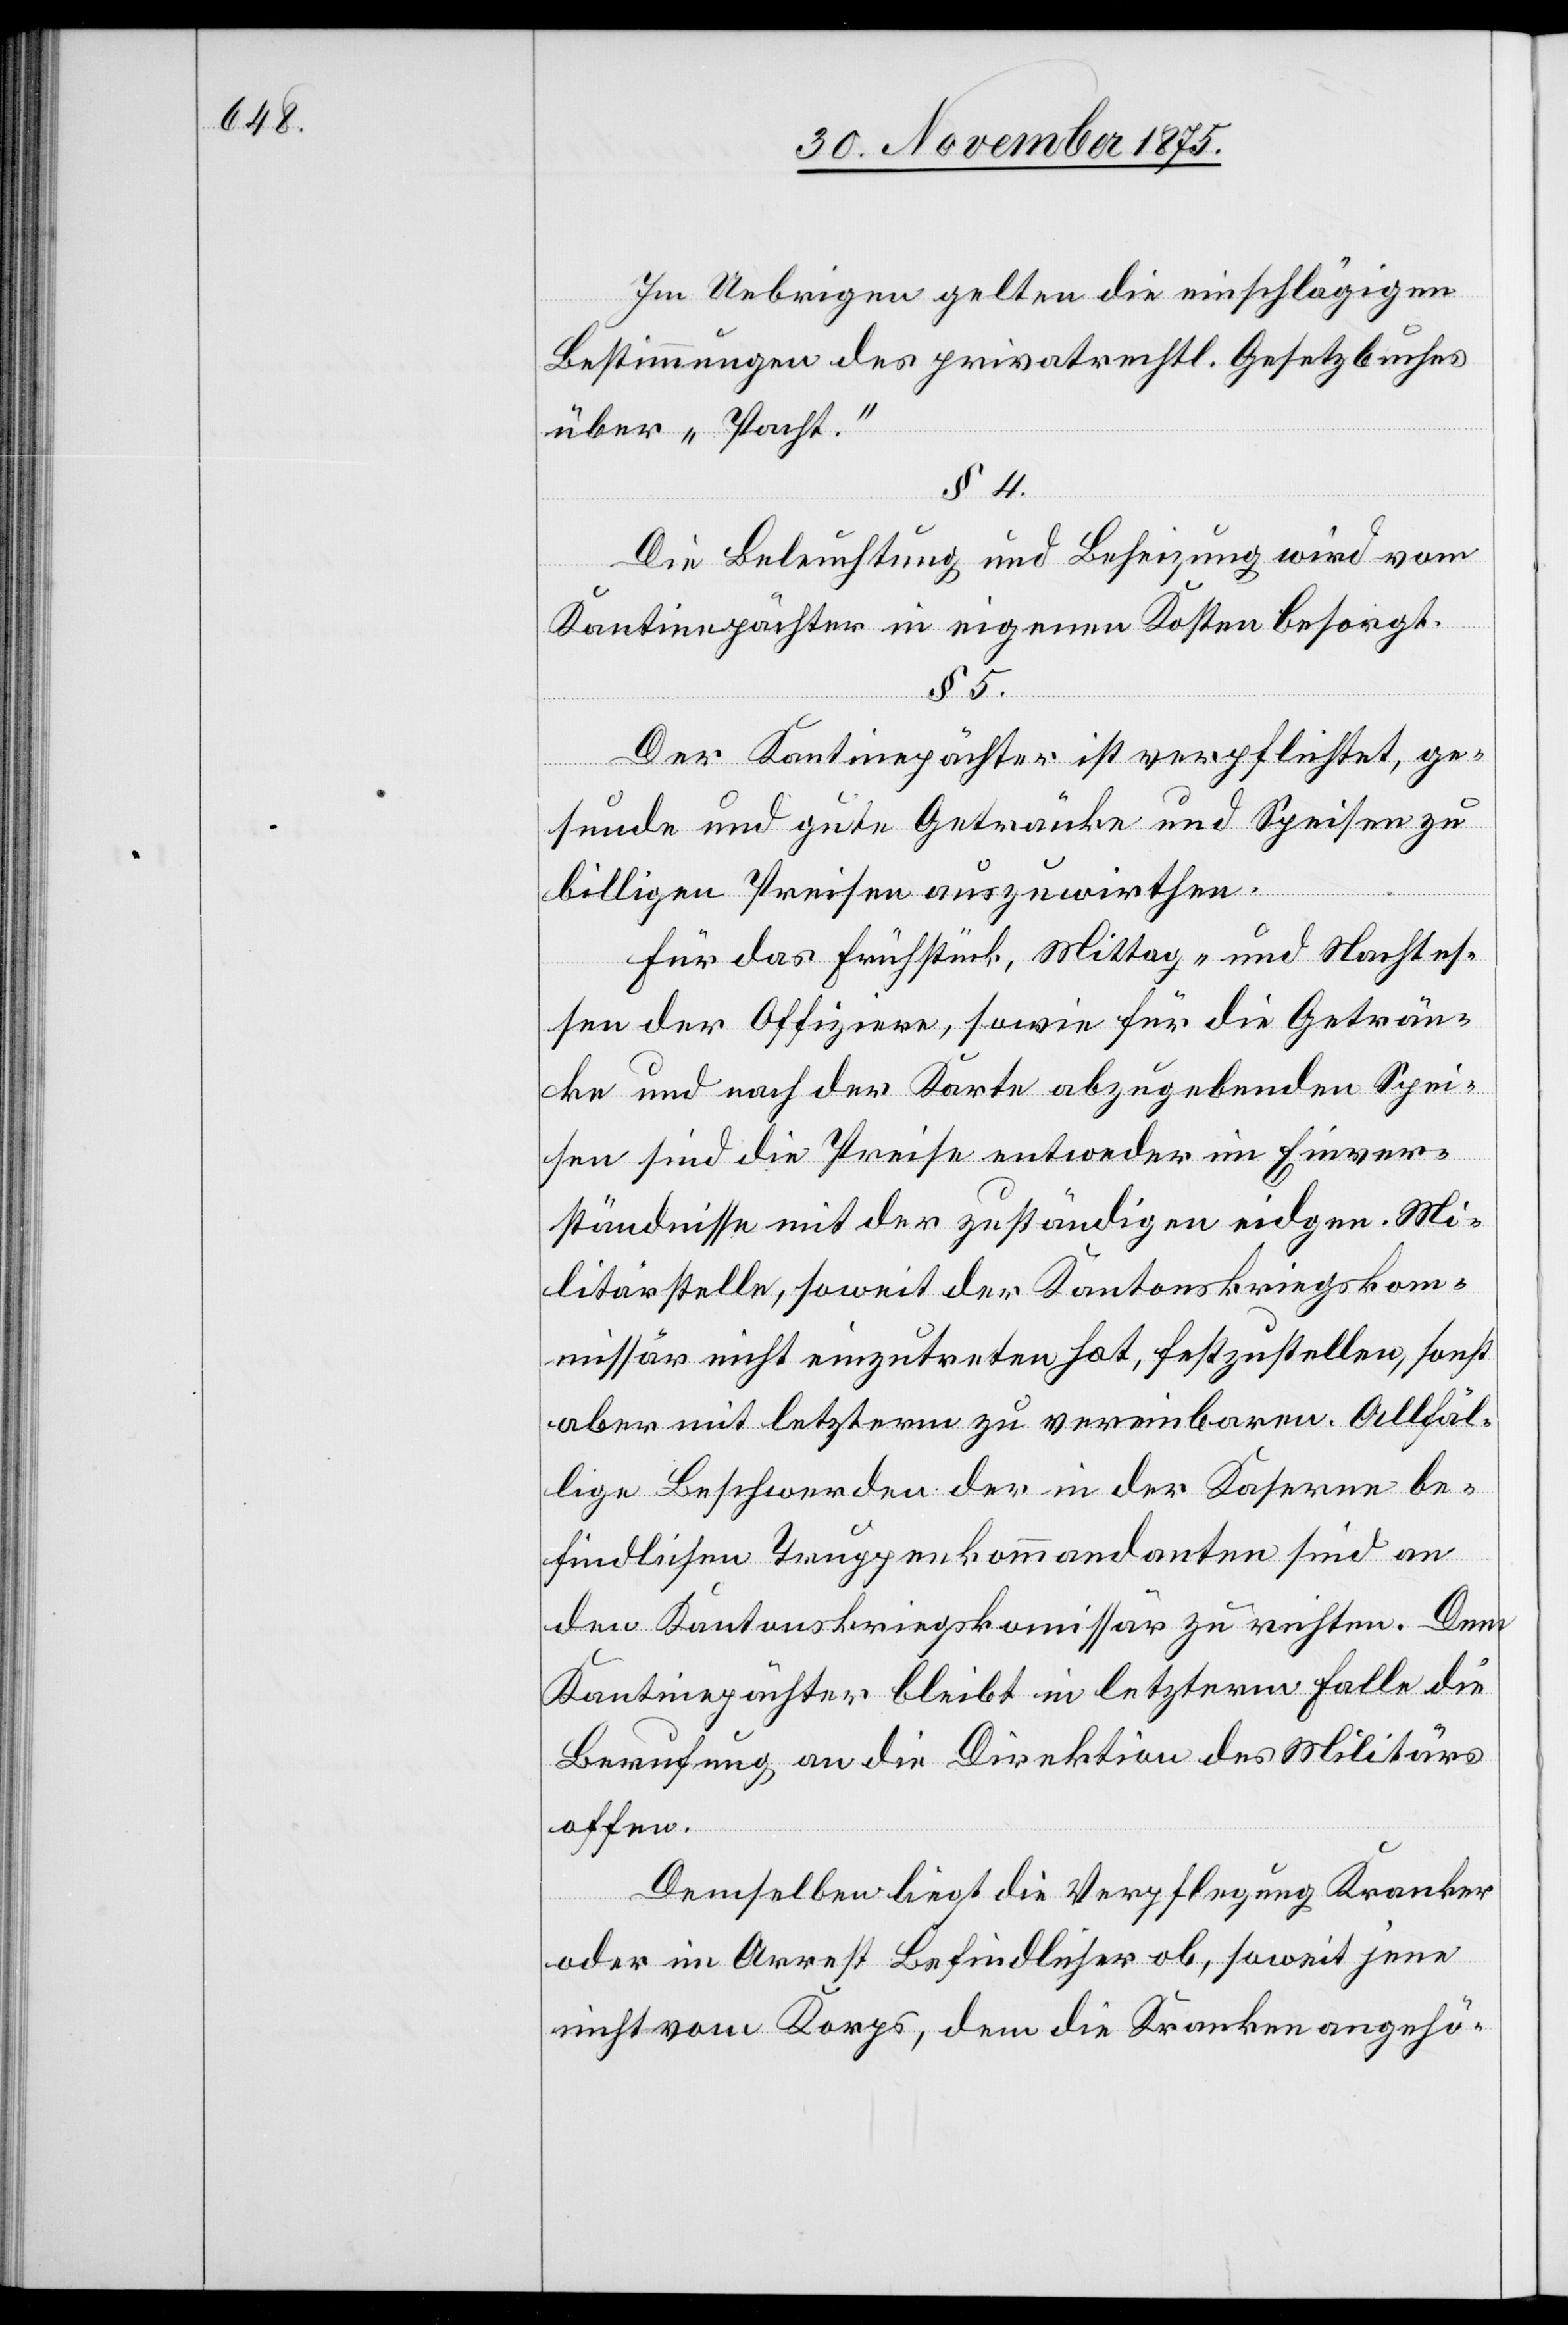
Im Uebrigen gelten die einschlägigen
Bestimmungen des privatrechtl. Gesetzbuches
über „Pacht“.
§ 4.
Die Beleuchtung und Beheizung wird vom
Kantinepächter in eigenen Kosten besorgt.
§ 5.
Der Kantinepächter ist verpflichtet, ge¬
sunde und gute Getränke und Speisen zu
billigen Preisen auszuwirthen.
Für das Frühstück, Mittag- und Nachtes¬
sen der Offiziere, sowie für die Geträn¬
ke und nach der Karte abzugebenden Spei¬
sen sind die Preise entweder im Einver¬
ständnisse mit der zuständigen eidgen. Mi¬
litärstelle, soweit der Kantonskriegskom¬
missär nicht einzutreten hat, festzustellen, sonst
aber mit letzterm zu vereinbaren. Allfäl¬
lige Beschwerden der in der Kaserne be¬
findlichen Truppenkommandanten sind an
den Kantonskriegskom[m]issär zu richten. Dem
Kantinepächter bleibt in letzterm Falle die
Berufung an die Direktion des Militärs
offen.
Demselben liegt die Verpflegung Kranker
oder im Arrest Befindlicher ob, soweit jene
nicht vom Korps, dem die Kranken angehö-